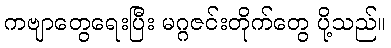
ကဗျာတွေရေးပြီး မဂ္ဂဇင်းတိုက်တွေ ပို့သည်။